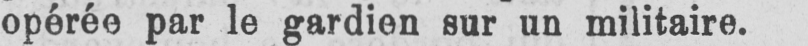
opérée par le gardien sur un militaire.